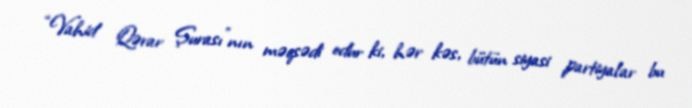
“Vahid Qərar Şurası”nın məqsədi odur ki, hər kəs, bütün siyasi partiyalar bu